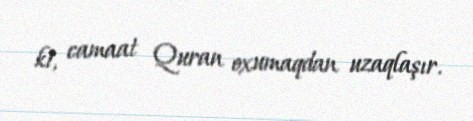
ki, camaat Quran oxumaqdan uzaqlaşır.